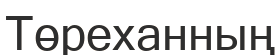
Төреханның